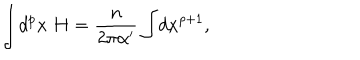
\int \! d ^ { p } x \; H = \frac { n } { 2 \pi \alpha ^ { \prime } } \int \! d x ^ { p + 1 } ,